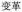
变革